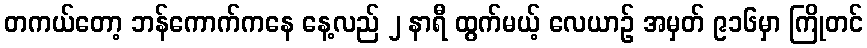
တကယ်တော့ ဘန်ကောက်ကနေ နေ့လည် ၂ နာရီ ထွက်မယ့် လေယာဉ် အမှတ် ၉၁၆မှာ ကြိုတင်